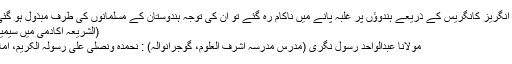
جب انگریز کانگریس کے ذریعے ہندوؤں پر غلبہ پانے میں ناکام رہ گئے تو اُن کی توجہ ہندوستان کے مسلمانوں کی طرف مبذول ہو گئی ...
(الشریعہ اکادمی میں سیمینار)
مولانا عبدالواحد رسول نگری (مدرس مدرسہ اشرف العلوم، گوجرانوالہ) : نحمدہ ونصلی علی رسولہ الکریم، امابعد!